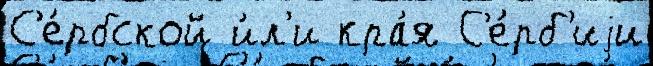
С'е́рбской и́л'и кра́я С'е́рб'иjи